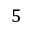
5